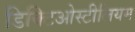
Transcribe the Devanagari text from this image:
डिक्टिओस्टीलियम